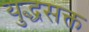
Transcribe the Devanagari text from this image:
युद्धसक्त